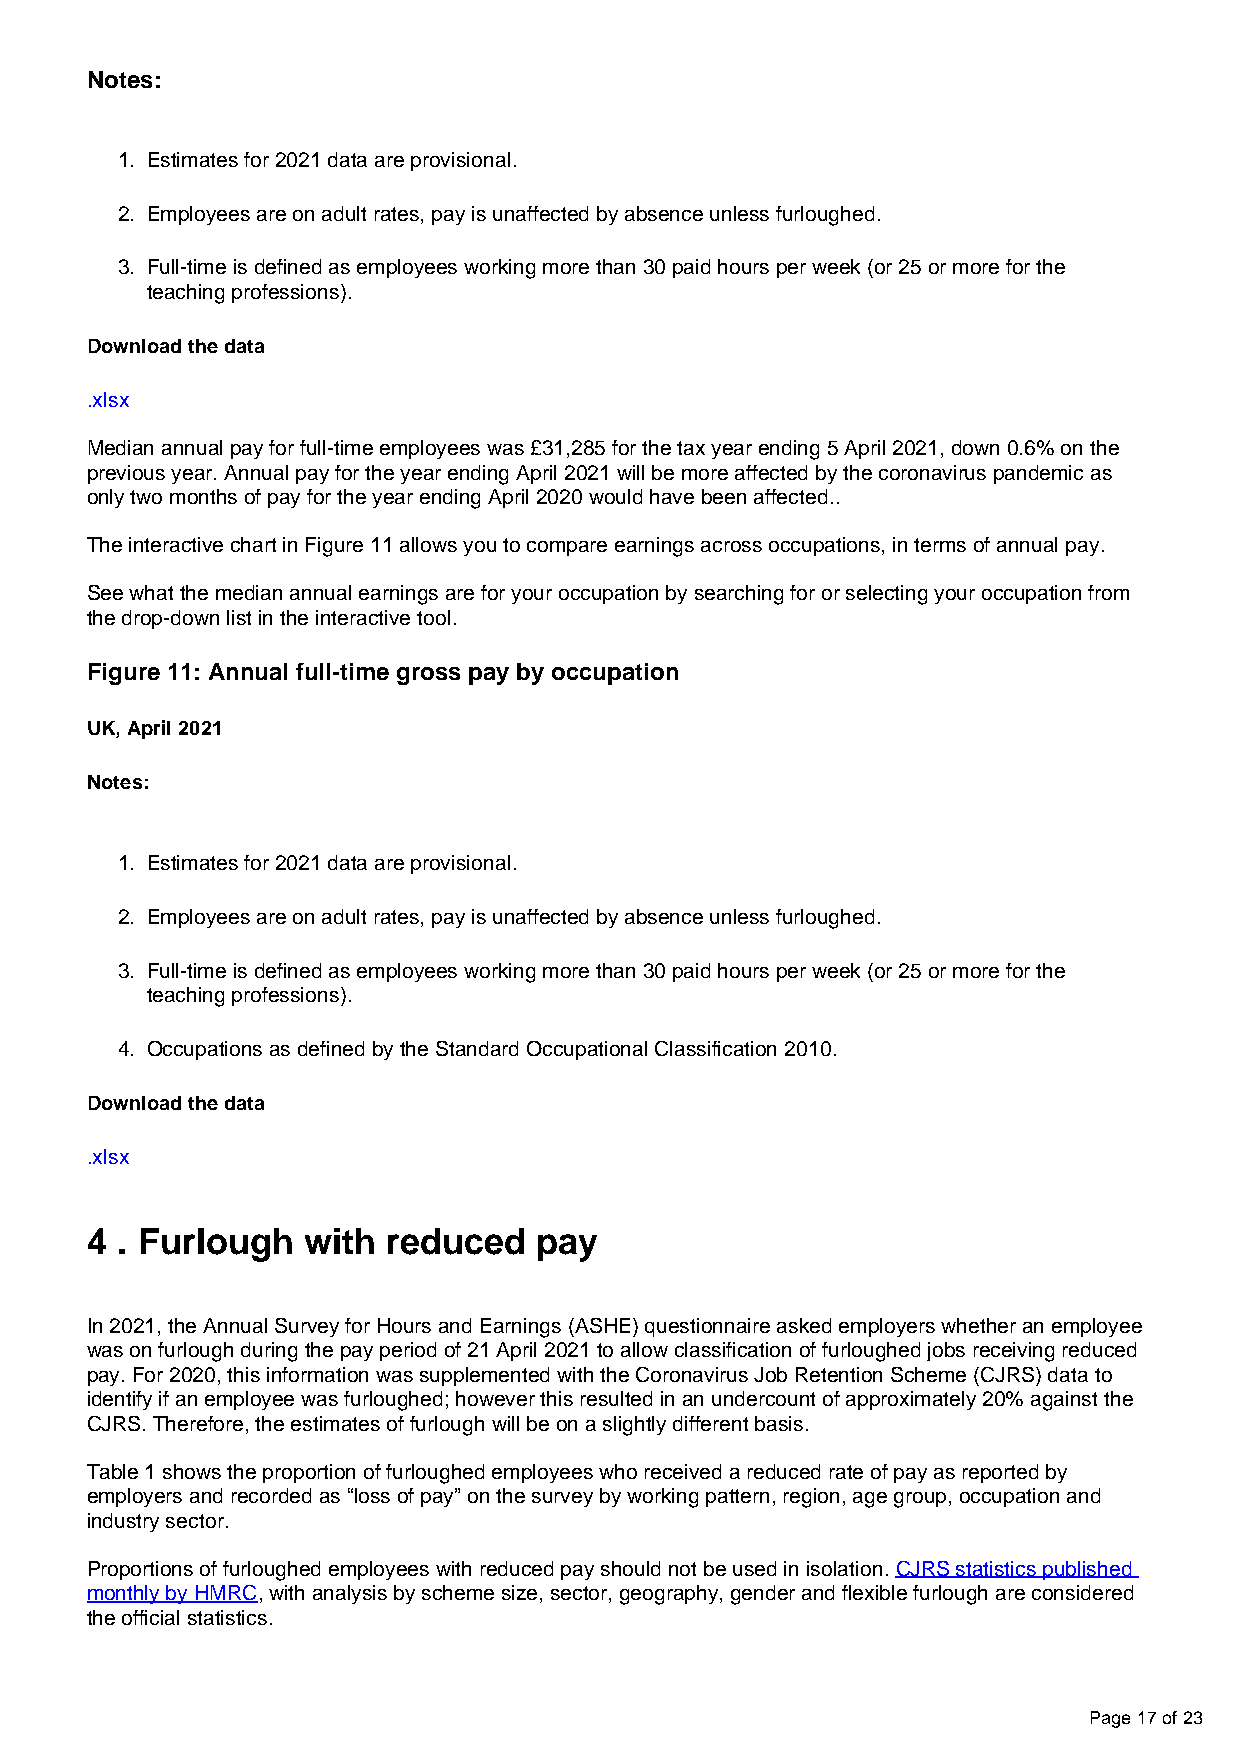
Notes:
 1. Estimates for 2021 data are provisional.
 2. Employees are on adult rates, pay is unaffected by absence unless furloughed.
 3. Full-time is defined as employees working more than 30 paid hours per week (or 25 or more for the
 teaching professions).
 Download the data
 .xlsx
 Median annual pay for full-time employees was £31,285 for the tax year ending 5 April 2021, down 0.6% on the
 previous year. Annual pay for the year ending April 2021 will be more affected by the coronavirus pandemic as
 only two months of pay for the year ending April 2020 would have been affected..
 The interactive chart in Figure 11 allows you to compare earnings across occupations, in terms of annual pay.
 See what the median annual earnings are for your occupation by searching for or selecting your occupation from
 the drop-down list in the interactive tool.
 Figure 11: Annual full-time gross pay by occupation
 UK, April 2021
 Notes:
 1. Estimates for 2021 data are provisional.
 2. Employees are on adult rates, pay is unaffected by absence unless furloughed.
 3. Full-time is defined as employees working more than 30 paid hours per week (or 25 or more for the
 teaching professions).
 4. Occupations as defined by the Standard Occupational Classification 2010.
 Download the data
 .xlsx
 4 . Furlough  with  reduced  pay
 In 2021, the Annual Survey for Hours and Earnings (ASHE) questionnaire asked employers whether an employee
 was on furlough during the pay period of 21 April 2021 to allow classification of furloughed jobs receiving reduced
 pay. For 2020, this information was supplemented with the Coronavirus Job Retention Scheme (CJRS) data to
 identify if an employee was furloughed; however this resulted in an undercount of approximately 20% against the
 CJRS. Therefore, the estimates of furlough will be on a slightly different basis.
 Table 1 shows the proportion of furloughed employees who received a reduced rate of pay as reported by
 employers and recorded as “loss of pay” on the survey by working pattern, region, age group, occupation and
 industry sector.
 Proportions of furloughed employees with reduced pay should not be used in isolation. CJRS statistics published
 monthly by HMRC, with analysis by scheme size, sector, geography, gender and flexible furlough are considered
 the official statistics.
 Page 17 of 23